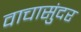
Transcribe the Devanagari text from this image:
वाचासुंदर